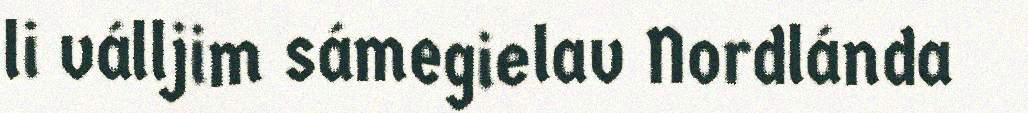
li válljim sámegielav Nordlánda